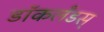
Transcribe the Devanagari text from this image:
डॉकलँडस्